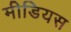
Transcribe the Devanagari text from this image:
मीडियस